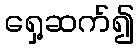
ရှေ့ဆက်၍